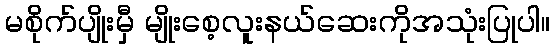
မစိုက်ပျိုးမှီ မျိုးစေ့လူးနယ်ဆေးကိုအသုံးပြုပါ။